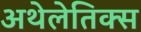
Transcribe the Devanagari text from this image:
अथेलेतिक्स